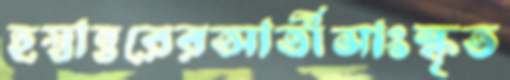
হস্তান্তরেরআর্তীসাংস্কৃত